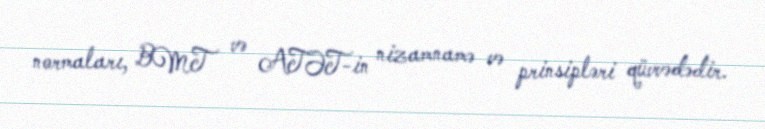
normaları, BMT və ATƏT-in nizamnamə və prinsipləri qüvvədədir.